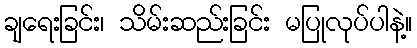
ချရေးခြင်း၊ သိမ်းဆည်းခြင်း မပြုလုပ်ပါနဲ့။